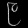
Digit: ၉